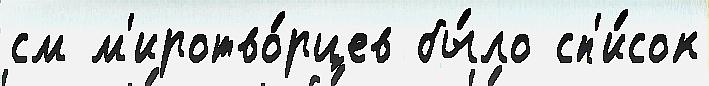
см м'иротво́рцев бы́ло сп'и́сок